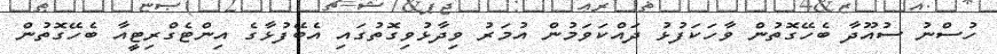
ހުސްނު ސުއޫދާ ބެހޭގޮތުން ވާހަކަފުޅު ދައްކަވަމުން އުމަރު ވިދާޅުވިގޮތުގައި އެބޭފުޅާގެ އިންޓެގްރިޓީއާ ބެހޭގޮތުން